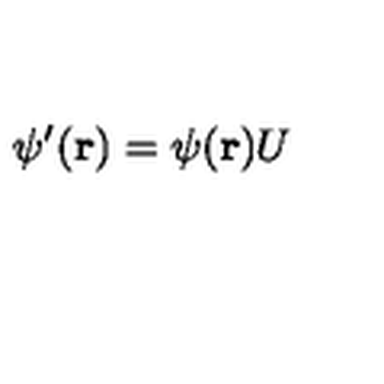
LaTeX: \psi ^ { \prime } ( { \bf r } ) = \psi ( { \bf r } ) U